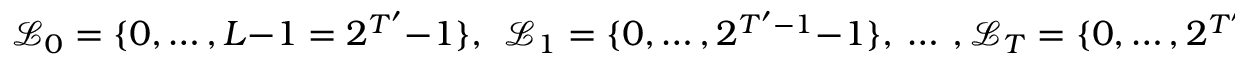
\mathcal { L } _ { 0 } = \{ 0 , \dotsc , L - 1 = 2 ^ { T ^ { \prime } } - 1 \} , \ \ \mathcal { L } _ { 1 } = \{ 0 , \dotsc , 2 ^ { T ^ { \prime } - 1 } - 1 \} , \ \dotsc \ , \mathcal { L } _ { T } = \{ 0 , \dotsc , 2 ^ { T ^ { \prime } - T } - 1 \} .